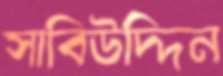
সাবিউদ্দিন